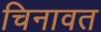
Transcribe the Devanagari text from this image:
चिनावत